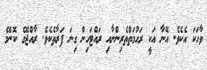
ވާހަކަ އެކެވެ. އޭނާ އަކީ ރަހުމަތްތެރިންނާއި ރައްޓަހިން ގިނަ ފަރާތެކެވެ. ރާއްޖޭގެ ކޮންމެ